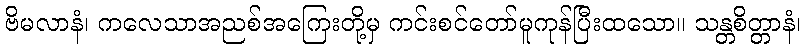
ဗိမလာနံ၊ ကလေသာအညစ်အကြေးတို့မှ ကင်းစင်တော်မူကုန်ပြီးထသော။ သန္တစိတ္တာနံ၊